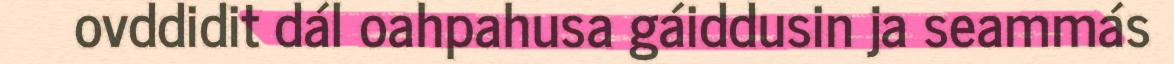
ovddidit dál oahpahusa gáiddusin ja seammás